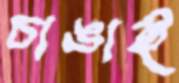
চাঙাই